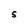
Character: S